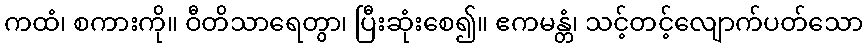
ကထံ၊ စကားကို။ ဝီတိသာရေတွာ၊ ပြီးဆုံးစေ၍။ ဧကမန္တံ၊ သင့်တင့်လျောက်ပတ်သော